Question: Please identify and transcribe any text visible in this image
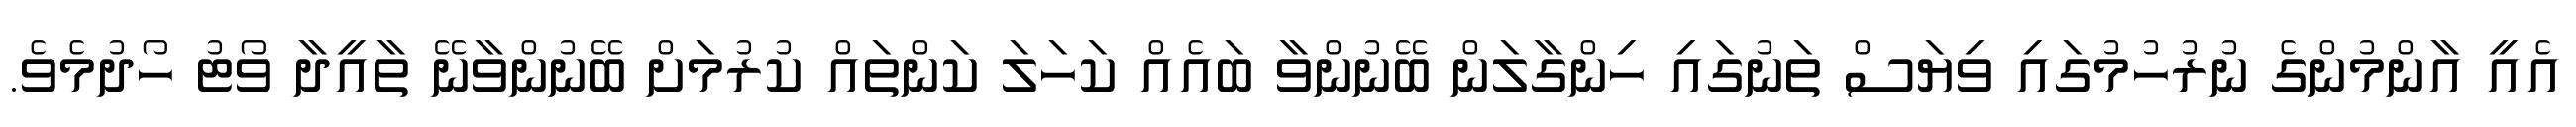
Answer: އެއީ އާންމުންގެ ނުރުހުމުގައި ވިޔަސް ތަނުގައި ހިންގާލަން ބޭނުންވާ ބައެއް ކަހަލަ ކަންތައް ކުރުމަށް ބޭނުންވާނޭ ތާއީދާ ވޯޓު ހޯދުމެވެ.